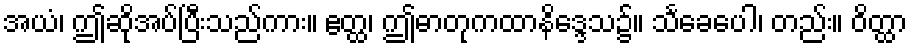
အယံ၊ ဤဆိုအပ်ပြီးသည်ကား။ ဧတ္ထ၊ ဤဓာတုကထာနိဒ္ဒေသ၌။ သင်္ခေပေါ၊ တည်း။ ဝိတ္ထာ